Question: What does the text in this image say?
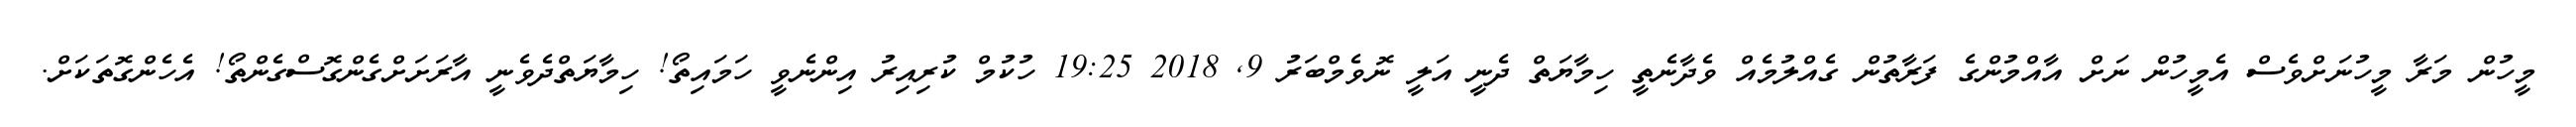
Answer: މީހުން މަރާ މީހުނަށްވެސް އެމީހުން ނަށް އާއްމުންގެ ފަރާތުން ގެއްލުމެއް ވެދާނެތީ ހިމާޔަތް ދެނީ އަލީ ނޮވެމްބަރު 9, 2018 19:25 ހުކުމް ކުރިއިރު އިންނެވީ ހަމައިތޯ! ހިމާޔަތްދެވެނީ އާރަށަށްގެންގޮސްގެންތޯ! އެހެންގޮތަކަށް.